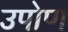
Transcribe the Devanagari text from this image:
उपोण